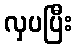
လှပပြီး